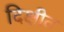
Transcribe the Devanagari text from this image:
दिक्षीत